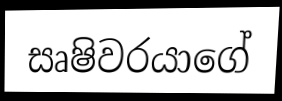
සෘෂිවරයාගේ